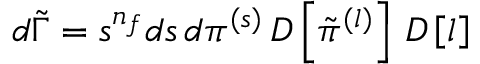
\begin{array} { r } { d \tilde { \Gamma } = s ^ { n _ { f } } d s \, d \pi ^ { ( s ) } \, D \left[ \tilde { \pi } ^ { ( l ) } \right] \, D \left[ l \right] } \end{array}